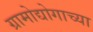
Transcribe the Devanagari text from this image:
ग्रामोद्योगाच्या